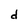
Character: d